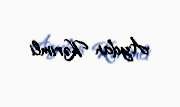
Aydan Kərimli